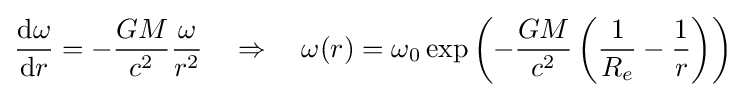
{\frac {\mathrm {d} \omega }{\mathrm {d} r}}=-{\frac {GM}{c^{2}}}{\frac {\omega }{r^{2}}}\quad \Rightarrow \quad \omega (r)=\omega _{0}\exp \left(-{\frac {GM}{c^{2}}}\left({\frac {1}{R_{e}}}-{\frac {1}{r}}\right)\right)